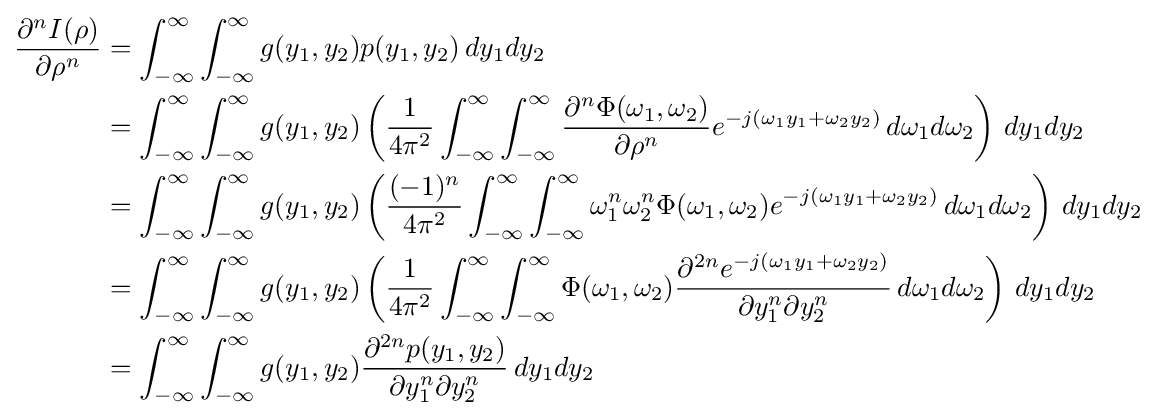
{\begin{aligned}{\frac {\partial ^{n}I(\rho )}{\partial \rho ^{n}}}&=\int _{-\infty }^{\infty }\int _{-\infty }^{\infty }g(y_{1},y_{2})p(y_{1},y_{2})\,dy_{1}dy_{2}\\&=\int _{-\infty }^{\infty }\int _{-\infty }^{\infty }g(y_{1},y_{2})\left({\frac {1}{4\pi ^{2}}}\int _{-\infty }^{\infty }\int _{-\infty }^{\infty }{\frac {\partial ^{n}\Phi (\omega _{1},\omega _{2})}{\partial \rho ^{n}}}e^{-j(\omega _{1}y_{1}+\omega _{2}y_{2})}\,d\omega _{1}d\omega _{2}\right)\,dy_{1}dy_{2}\\&=\int _{-\infty }^{\infty }\int _{-\infty }^{\infty }g(y_{1},y_{2})\left({\frac {(-1)^{n}}{4\pi ^{2}}}\int _{-\infty }^{\infty }\int _{-\infty }^{\infty }\omega _{1}^{n}\omega _{2}^{n}\Phi (\omega _{1},\omega _{2})e^{-j(\omega _{1}y_{1}+\omega _{2}y_{2})}\,d\omega _{1}d\omega _{2}\right)\,dy_{1}dy_{2}\\&=\int _{-\infty }^{\infty }\int _{-\infty }^{\infty }g(y_{1},y_{2})\left({\frac {1}{4\pi ^{2}}}\int _{-\infty }^{\infty }\int _{-\infty }^{\infty }\Phi (\omega _{1},\omega _{2}){\frac {\partial ^{2n}e^{-j(\omega _{1}y_{1}+\omega _{2}y_{2})}}{\partial y_{1}^{n}\partial y_{2}^{n}}}\,d\omega _{1}d\omega _{2}\right)\,dy_{1}dy_{2}\\&=\int _{-\infty }^{\infty }\int _{-\infty }^{\infty }g(y_{1},y_{2}){\frac {\partial ^{2n}p(y_{1},y_{2})}{\partial y_{1}^{n}\partial y_{2}^{n}}}\,dy_{1}dy_{2}\\\end{aligned}}